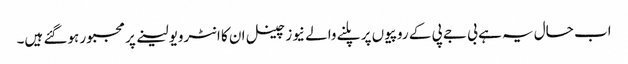
اب حال یہ ہے بی جے پی کے روپیوں پر پلنے والے نیوز چینل ان کا انٹرویو لینے پر مجبور ہوگئے ہیں۔